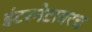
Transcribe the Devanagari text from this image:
इंटरनेटावरच